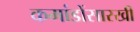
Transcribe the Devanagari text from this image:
कमांडोंसारखी